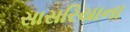
સાસરિયાના